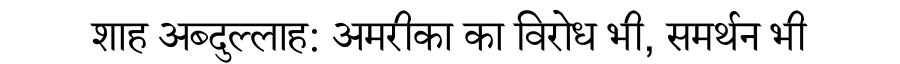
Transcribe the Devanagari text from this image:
शाह अब्दुल्लाह: अमरीका का विरोध भी, समर्थन भी